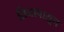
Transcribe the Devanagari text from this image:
तिनापासून